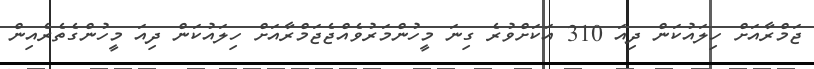
ޖަމްރާއަށް ހިލައުކަން ދިއަ 310 އަކަށްވުރެ ގިނަ މީހުންމަރުވެއްޖެޖަމްރާއަށް ހިލައުކަން ދިއަ މީހުންގެތެރެއިން